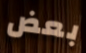
بعض